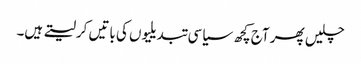
چلیں پھر آج کچھ سیاسی تبدیلیوں کی باتیں کرلیتے ہیں۔